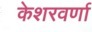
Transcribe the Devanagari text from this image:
केशरवर्णा